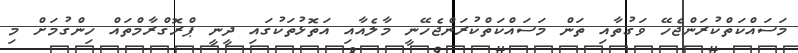
މަސައްކަތްކުރަންޖެހޭ ވަގުތާއި ތަން މަސައްކަތްކުރަންޖެހޭނީ މާލެއާއި އަތޮޅުތަކުގައި ދީނީ ޕްރޮގްރާމްތައް ހިންގުމަށް މި